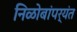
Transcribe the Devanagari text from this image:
निळोबांपर्यंत